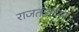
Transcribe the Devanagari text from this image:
राजतंत्रांच्या